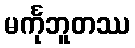
မင်္ကုဘူတဿ